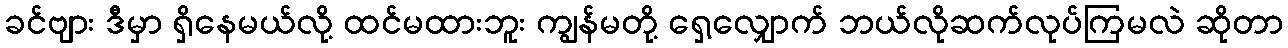
ခင်ဗျား ဒီမှာ ရှိနေမယ်လို့ ထင်မထားဘူး ကျွန်မတို့ ရှေ့လျှောက် ဘယ်လိုဆက်လုပ်ကြမလဲ ဆိုတာ